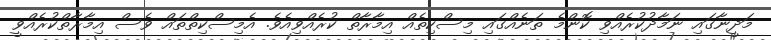
މަދީނާގައި ނަމާދުކުރެއްވި ކޮންމެ ތަނެއްގައި މިސްކިތެއް އިމާރާތް ކުރެއްވިއެވެ. އެމިސްކިތްތައް ވެސް އިމާރާތްކުރެއްވީ